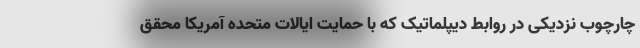
چارچوب نزدیکی در روابط دیپلماتیک که با حمایت ایالات متحده آمریکا محقق